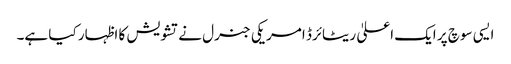
ایسی سوچ پر ایک اعلیٰ ریٹائرڈ امریکی جنرل نے تشویش کا اظہار کیا ہے۔